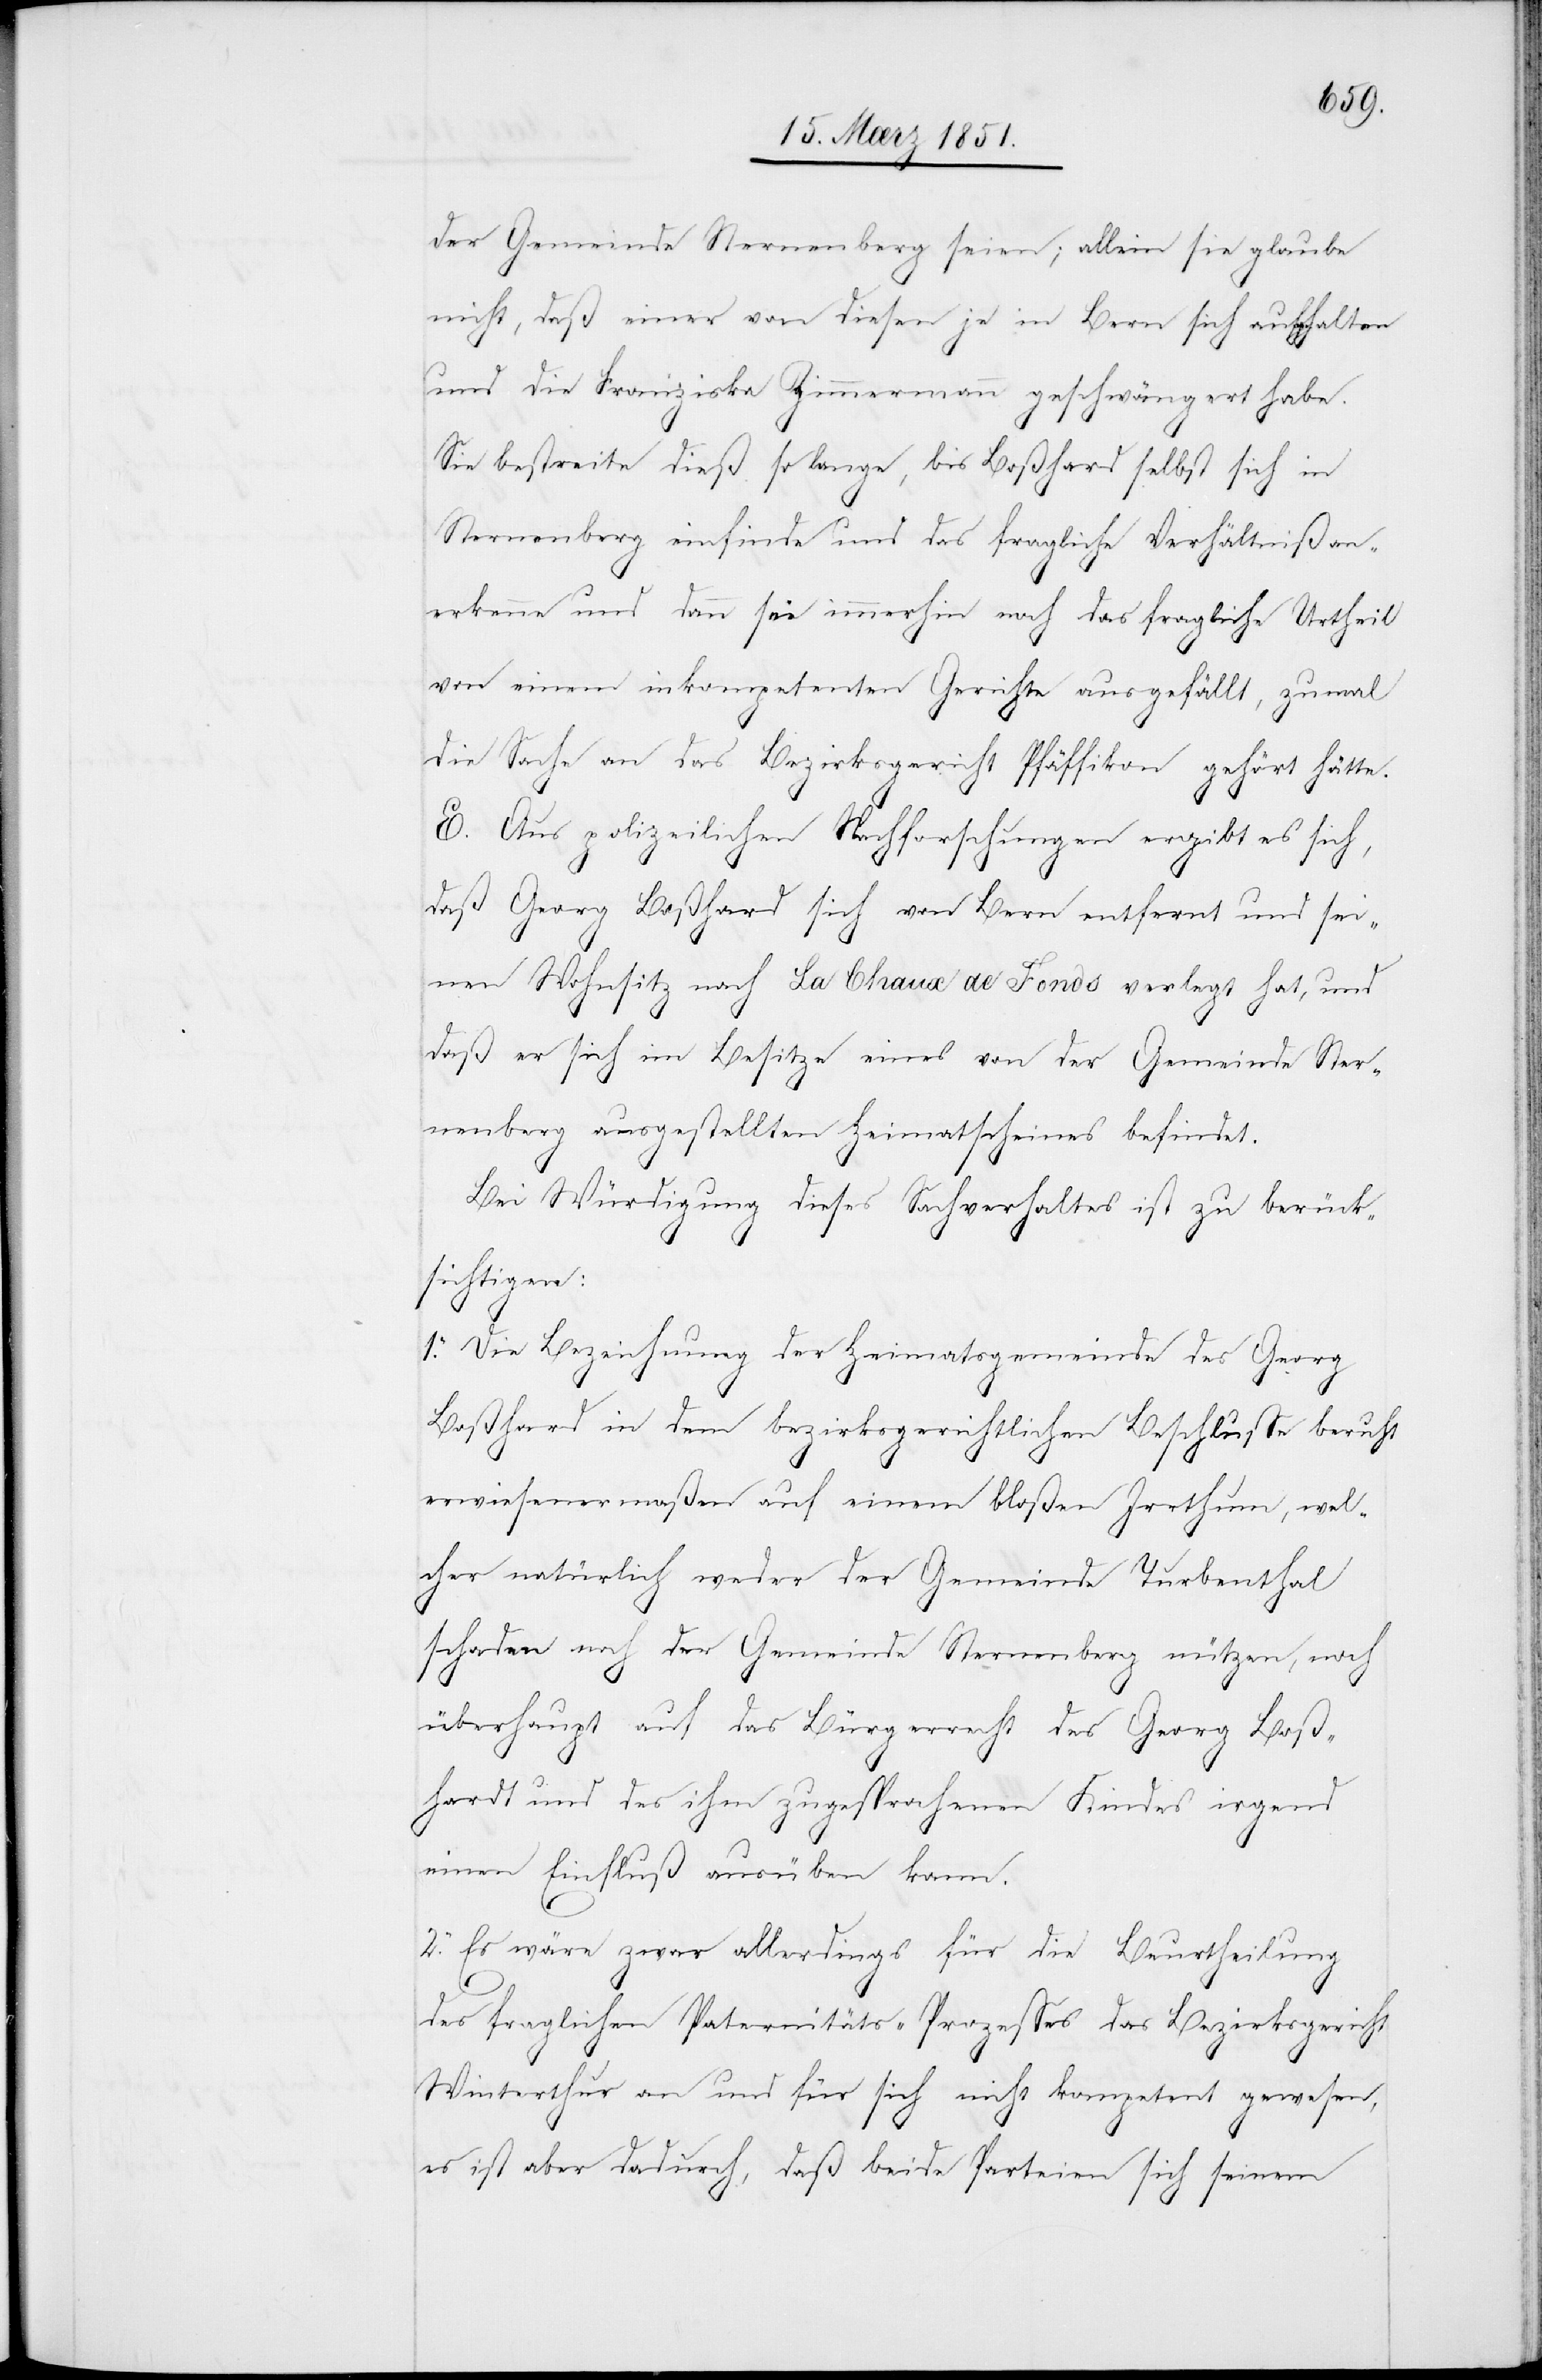
der Gemeinde Sternenberg seien; allein sie glaube
nicht, daß einer von diesen je in Bern sich aufgehalten
und die Franziska Zimmermann geschwängert habe.
Sie bestreite dieß so lange, bis Boßhard selbst sich in
Sternenberg einfinde und das fragliche Verhältniß an¬
erkenne und dann sei immerhin noch das fragliche Urtheil
von einem inkompetenten Gerichte ausgefällt, zumal
die Sache an das Bezirksgericht Pfäffikon gehört hätte.
E. Aus polizeilichen Nachforschungen ergibt es sich,
daß Georg Boßhard sich von Bern entfernt und sei¬
nen Wohnsitz nach La Chaux de Fonds verlegt hat, und
daß er sich im Besitze eines von der Gemeinde Ster¬
nenberg ausgestellten Heimatscheines befindet.
Bei Würdigung dieses Sachverhaltes ist zu berück¬
sichtigen:
1. Die Bezeichnung der Heimatsgemeinde des Georg
Boßhard in dem bezirksgerichtlichen Beschlusse beruht
erwiesenermaßen auf einem bloßen Irrthum, wel¬
cher natürlich weder der Gemeinde Turbenthal
schaden noch der Gemeinde Sternenberg nützen, noch
überhaupt auf das Bürgerrecht des Georg Boß¬
hardt und des ihm zugesprochenen Kindes irgend
einen Einfluß ausüben kann.
2. Es wäre zwar allerdings für die Beurtheilung
des fraglichen Paternitäts-Prozesses das Bezirksgericht
Winterthur an und für sich nicht kompetent gewesen,
es ist aber dadurch, daß beide Parteien sich seinem